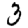
Digit: 3